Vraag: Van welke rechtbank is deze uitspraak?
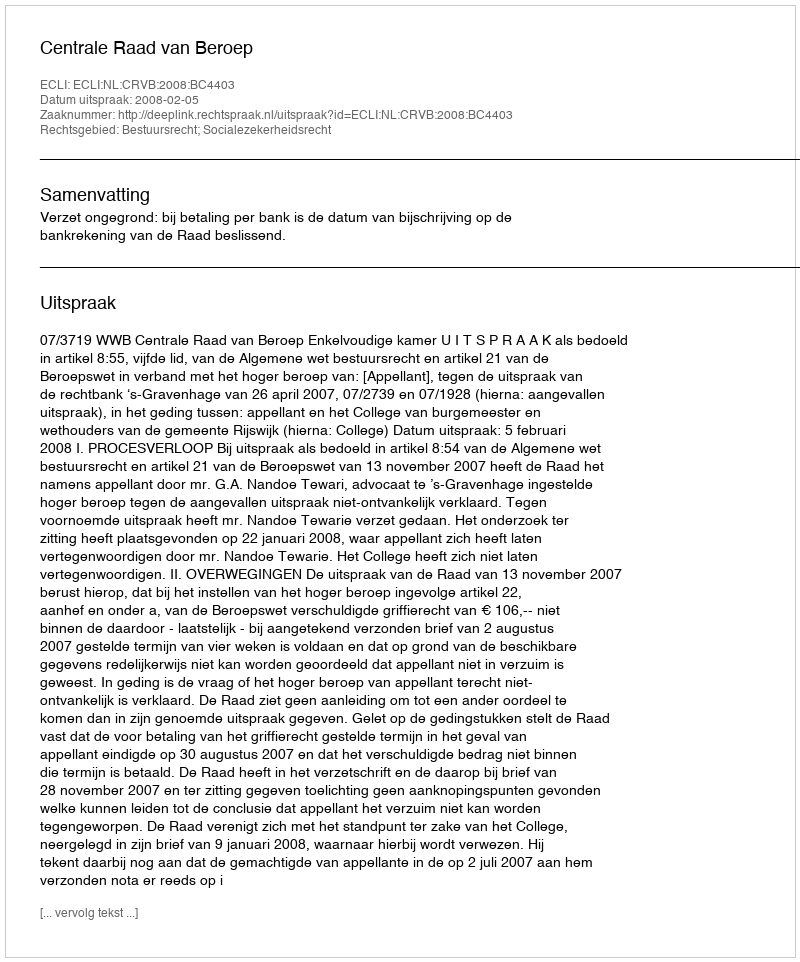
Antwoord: Centrale Raad van Beroep